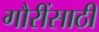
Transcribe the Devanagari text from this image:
गौरींसाठी